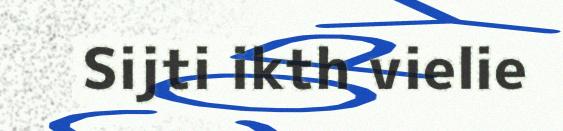
Sijti ikth vielie